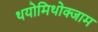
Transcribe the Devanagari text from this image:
थयोमिथोक्‍जाम